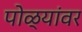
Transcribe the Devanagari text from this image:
पोळ्यांवर